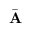
\bar { \mathbf { A } }